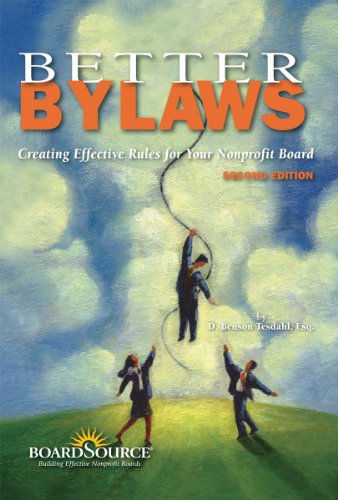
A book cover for Better Bylaws: Creating Effective Rules for Your Nonprofit Board, 2nd Edition; D. Benson Tesdahl; Business & Money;